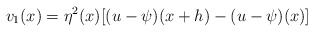
\begin{align*}v_{1}(x)= \eta^{2}(x) [(u-\psi)(x+h)-(u-\psi)(x)] \end{align*}